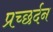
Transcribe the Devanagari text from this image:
प्रच्छर्दन